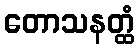
တောသနတ္ထံ